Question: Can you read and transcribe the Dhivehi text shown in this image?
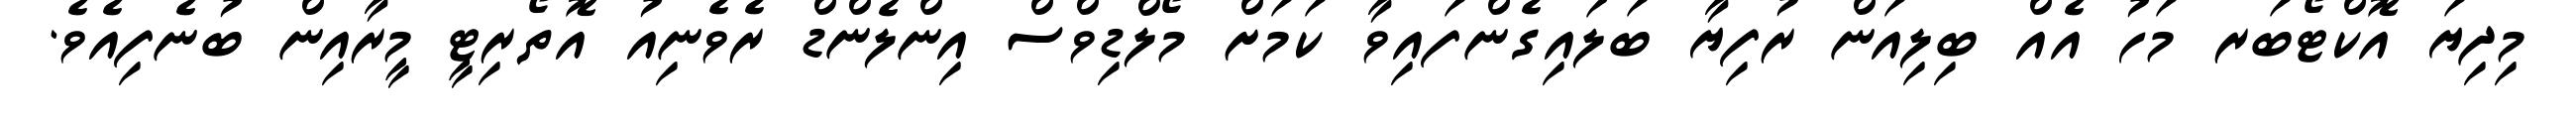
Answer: މިދިޔަ އޮކްޓޯބަރ މަހު އެއް ބިލިއަން ރުފިޔާ ބަލައިގެންފައިވާ ކަމަށް މޯލްޑިވްސް އިންލެންޑް ރެވެނިއު އޮތޯރިޓީ މީރާއިން ބުނެފިއެވެ.